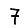
Digit: 7